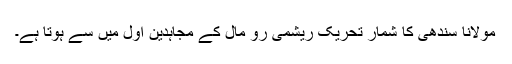
مولانا سندھی کا شمار تحریک ریشمی رو مال کے مجاہدین اول میں سے ہوتا ہے۔